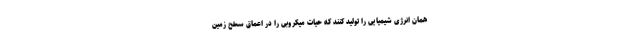
همان انرژی شیمیایی را تولید کنند که حیات میکروبی را در اعماق سطح زمین